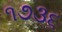
૧૭૩૬